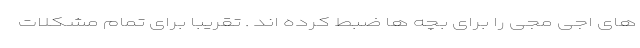
های اجی مجی را برای بچه ها ضبط کرده اند . تقریبا برای تمام مشکلات